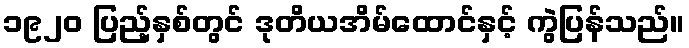
၁၉၂၀ ပြည့်နှစ်တွင် ဒုတိယအိမ်ထောင်နှင့် ကွဲပြန်သည်။